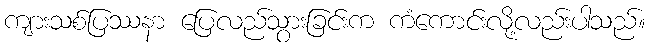
ကျားသစ်ပြဿနာ ပြေလည်သွားခြင်းက ကံကောင်းလို့လည်းပါသည်။